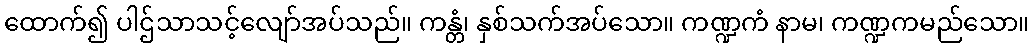
ထောက်၍ ပါဌ်သာသင့်လျော်အပ်သည်။ ကန္တံ၊ နှစ်သက်အပ်သော။ ကဏ္ဍကံ နာမ၊ ကဏ္ဍကမည်သော။